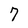
Character: 7